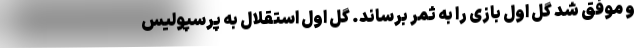
و موفق شد گل اول بازی را به ثمر برساند. گل اول استقلال به پرسپولیس